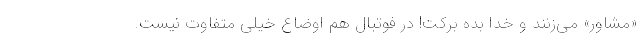
«مشاور» می‌زنند و خدا بده برکت! در فوتبال هم اوضاع خیلی متفاوت نیست.